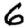
Digit: 6